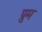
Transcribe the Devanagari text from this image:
प्रुम